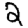
Digit: 2